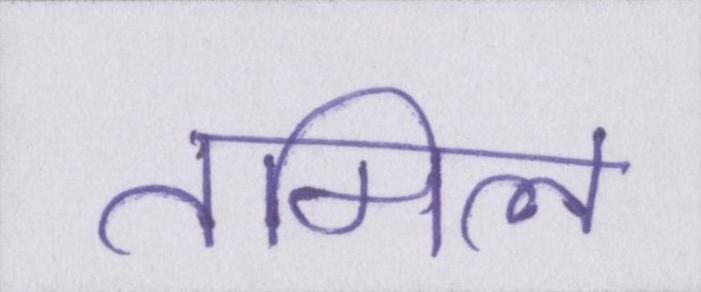
तमिल